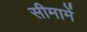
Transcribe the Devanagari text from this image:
सीमामें